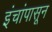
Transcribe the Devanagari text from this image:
इंचांपासून